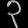
Digit: ၃